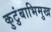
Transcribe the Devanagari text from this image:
कुटुंबाभिमुख